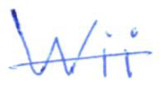
Text: Wii
Cross-out: single-line
Writing tool: ballpoint